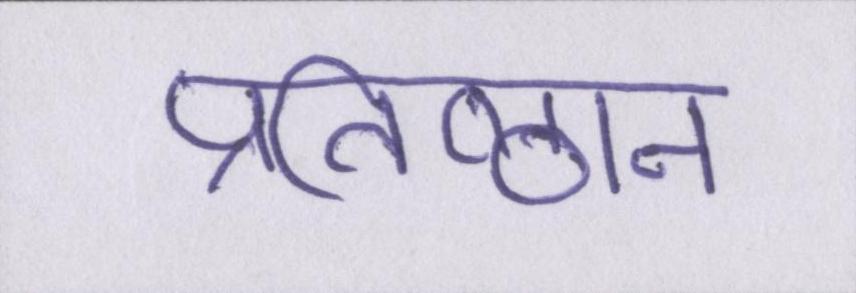
प्रतिष्ठान